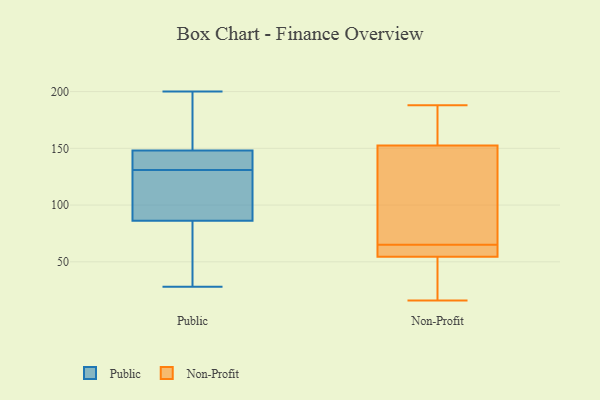
{"axis": {"x": "Customer Acquisition Cost (USD)", "y": "Value"}, "legend": ["Non-Profit", "Public"], "data": [{"x": "", "y": 192, "type": "Public"}, {"x": "", "y": 143, "type": "Public"}, {"x": "", "y": 131, "type": "Public"}, {"x": "", "y": 200, "type": "Public"}, {"x": "", "y": 28, "type": "Public"}, {"x": "", "y": 84, "type": "Public"}, {"x": "", "y": 108, "type": "Public"}, {"x": "", "y": 135, "type": "Public"}, {"x": "", "y": 138, "type": "Public"}, {"x": "", "y": 98, "type": "Public"}, {"x": "", "y": 83, "type": "Public"}, {"x": "", "y": 163, "type": "Public"}, {"x": "", "y": 87, "type": "Public"}, {"x": "", "y": 174, "type": "Non-Profit"}, {"x": "", "y": 64, "type": "Non-Profit"}, {"x": "", "y": 188, "type": "Non-Profit"}, {"x": "", "y": 66, "type": "Non-Profit"}, {"x": "", "y": 56, "type": "Non-Profit"}, {"x": "", "y": 18, "type": "Non-Profit"}, {"x": "", "y": 160, "type": "Non-Profit"}, {"x": "", "y": 61, "type": "Non-Profit"}, {"x": "", "y": 16, "type": "Non-Profit"}, {"x": "", "y": 94, "type": "Non-Profit"}, {"x": "", "y": 57, "type": "Non-Profit"}, {"x": "", "y": 139, "type": "Non-Profit"}, {"x": "", "y": 159, "type": "Non-Profit"}, {"x": "", "y": 146, "type": "Non-Profit"}, {"x": "", "y": 53, "type": "Non-Profit"}, {"x": "", "y": 23, "type": "Non-Profit"}]}